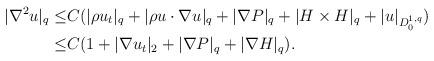
LaTeX: \begin{align*}|\nabla^2 u|_q \leq& C(|\rho u_t|_q+| \rho u\cdot \nabla u|_q+|\nabla P|_q+|H \times H|_q+|u|_{D^{1,q}_0})\\\leq& C(1+|\nabla u_t|_2+|\nabla P|_q+ |\nabla H|_q).\end{align*}